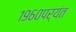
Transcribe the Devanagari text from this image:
१९६०पर्यंत